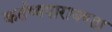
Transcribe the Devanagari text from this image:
कर्तव्यपारायण्ता